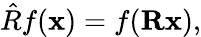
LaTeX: \hat{R}f(\mathbf{x})=f(\mathbf{R}\mathbf{x}),